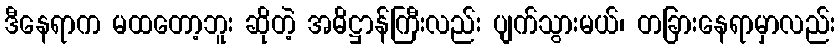
ဒီနေရာက မထတော့ဘူး ဆိုတဲ့ အဓိဋ္ဌာန်ကြီးလည်း ပျက်သွားမယ်၊ တခြားနေရာမှာလည်း